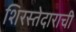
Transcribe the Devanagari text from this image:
शिरस्तेदाराची